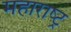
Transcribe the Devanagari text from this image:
महाराष्‍ट्र